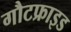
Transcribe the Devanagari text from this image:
गौटफ्राइड